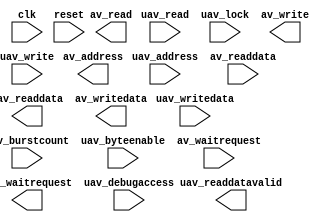
module nios_edid_ram_slave_translator #(
		parameter AV_ADDRESS_W                   = 8,
		parameter AV_DATA_W                      = 8,
		parameter UAV_DATA_W                     = 8,
		parameter AV_BURSTCOUNT_W                = 1,
		parameter AV_BYTEENABLE_W                = 1,
		parameter UAV_BYTEENABLE_W               = 1,
		parameter UAV_ADDRESS_W                  = 11,
		parameter UAV_BURSTCOUNT_W               = 3,
		parameter AV_READLATENCY                 = 0,
		parameter USE_READDATAVALID              = 0,
		parameter USE_WAITREQUEST                = 1,
		parameter USE_UAV_CLKEN                  = 0,
		parameter USE_READRESPONSE               = 0,
		parameter USE_WRITERESPONSE              = 0,
		parameter AV_SYMBOLS_PER_WORD            = 4,
		parameter AV_ADDRESS_SYMBOLS             = 0,
		parameter AV_BURSTCOUNT_SYMBOLS          = 0,
		parameter AV_CONSTANT_BURST_BEHAVIOR     = 0,
		parameter UAV_CONSTANT_BURST_BEHAVIOR    = 0,
		parameter AV_REQUIRE_UNALIGNED_ADDRESSES = 0,
		parameter CHIPSELECT_THROUGH_READLATENCY = 0,
		parameter AV_READ_WAIT_CYCLES            = 0,
		parameter AV_WRITE_WAIT_CYCLES           = 1,
		parameter AV_SETUP_WAIT_CYCLES           = 0,
		parameter AV_DATA_HOLD_CYCLES            = 0,
		parameter WAITREQUEST_ALLOWANCE          = 0,
		parameter SYNC_RESET                     = 0
	) (
		input  wire        clk,               //                      clk.clk
		input  wire        reset,             //                    reset.reset
		input  wire [10:0] uav_address,       // avalon_universal_slave_0.address
		input  wire [2:0]  uav_burstcount,    //                         .burstcount
		input  wire        uav_read,          //                         .read
		input  wire        uav_write,         //                         .write
		output wire        uav_waitrequest,   //                         .waitrequest
		output wire        uav_readdatavalid, //                         .readdatavalid
		input  wire [0:0]  uav_byteenable,    //                         .byteenable
		output wire [7:0]  uav_readdata,      //                         .readdata
		input  wire [7:0]  uav_writedata,     //                         .writedata
		input  wire        uav_lock,          //                         .lock
		input  wire        uav_debugaccess,   //                         .debugaccess
		output wire [7:0]  av_address,        //      avalon_anti_slave_0.address
		output wire        av_write,          //                         .write
		output wire        av_read,           //                         .read
		input  wire [7:0]  av_readdata,       //                         .readdata
		output wire [7:0]  av_writedata,      //                         .writedata
		input  wire        av_waitrequest     //                         .waitrequest
	);
endmodule